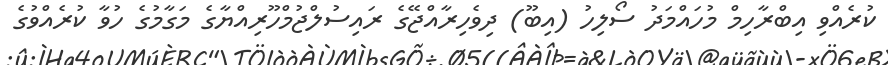
ކުރެއްވި އިބްރާހިމް މުހައްމަދު ސޯލިހު (އިބޫ) ދިވެހިރާއްޖޭގެ ރައިސުލްޖުމްހޫރިއްޔާގެ މަގާމުގެ ހުވާ ކުރެއްވުގެ